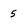
Character: 5